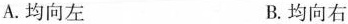
A.均向左 B.均向右